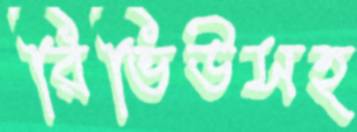
রিভিউসহ